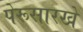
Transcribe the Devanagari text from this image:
पेरूसारखे